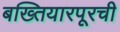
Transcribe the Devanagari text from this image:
बख्तियारपूरची